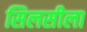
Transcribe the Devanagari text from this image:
सिलसीला